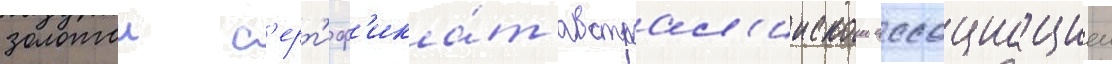
золотои с'ерт'иф'ика́т австрал'иискои ассоциациеи